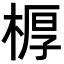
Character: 𣖔